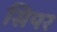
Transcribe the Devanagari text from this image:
सिपर